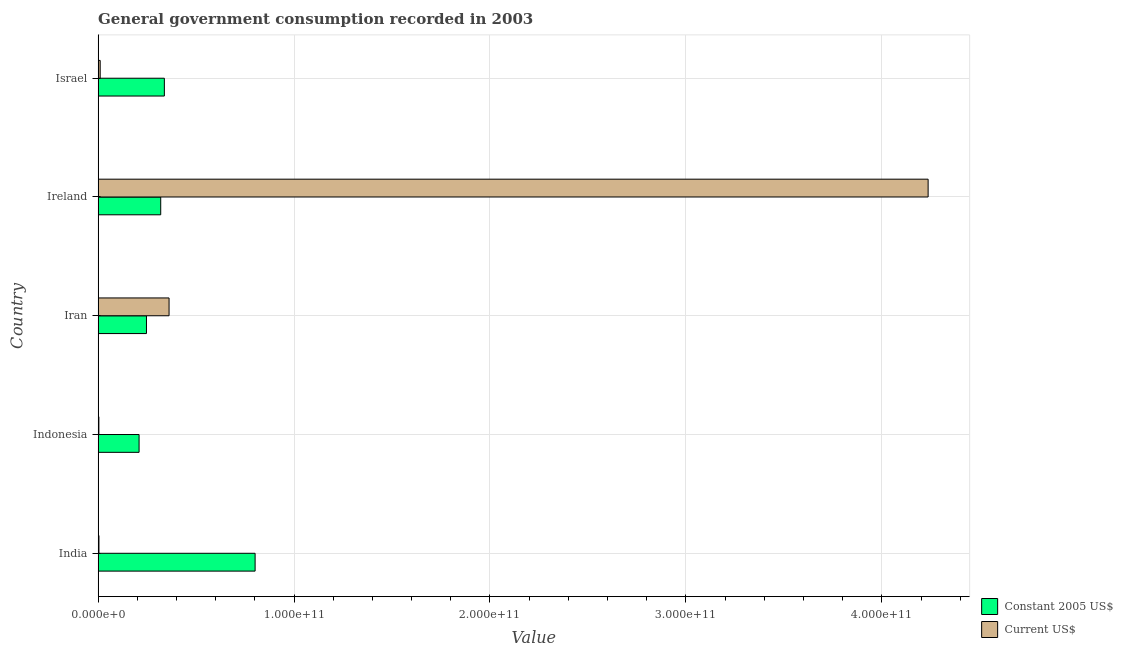
| Country | Constant 2005 US$ | Current US$ |
 | --- | --- | --- |
 | India | 8.01e+10 | 4.29e+08 |
 | Indonesia | 2.09e+10 | 3.86e+08 |
 | Iran | 2.47e+10 | 3.62e+10 |
 | Ireland | 3.19e+10 | 4.24e+11 |
 | Israel | 3.38e+10 | 1.05e+09 |